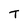
Character: T